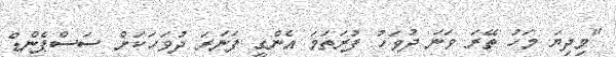
"މިދިޔަ މަހު ތޭރަ ވަނަ ދުވަހު ފުރަތަމަ އެންގީ ފަނަރަ ދުވަހަކަށް ސަސްޕެންޑް